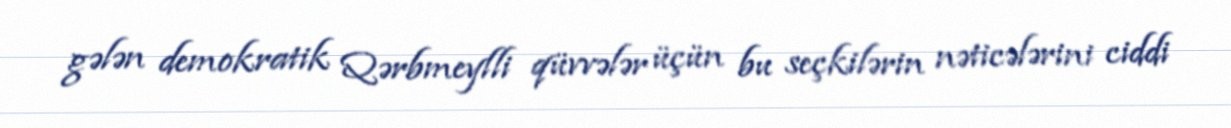
gələn demokratik Qərbmeylli qüvvələr üçün bu seçkilərin nəticələrini ciddi